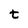
Character: t